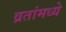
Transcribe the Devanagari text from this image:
व्रतांमध्ये